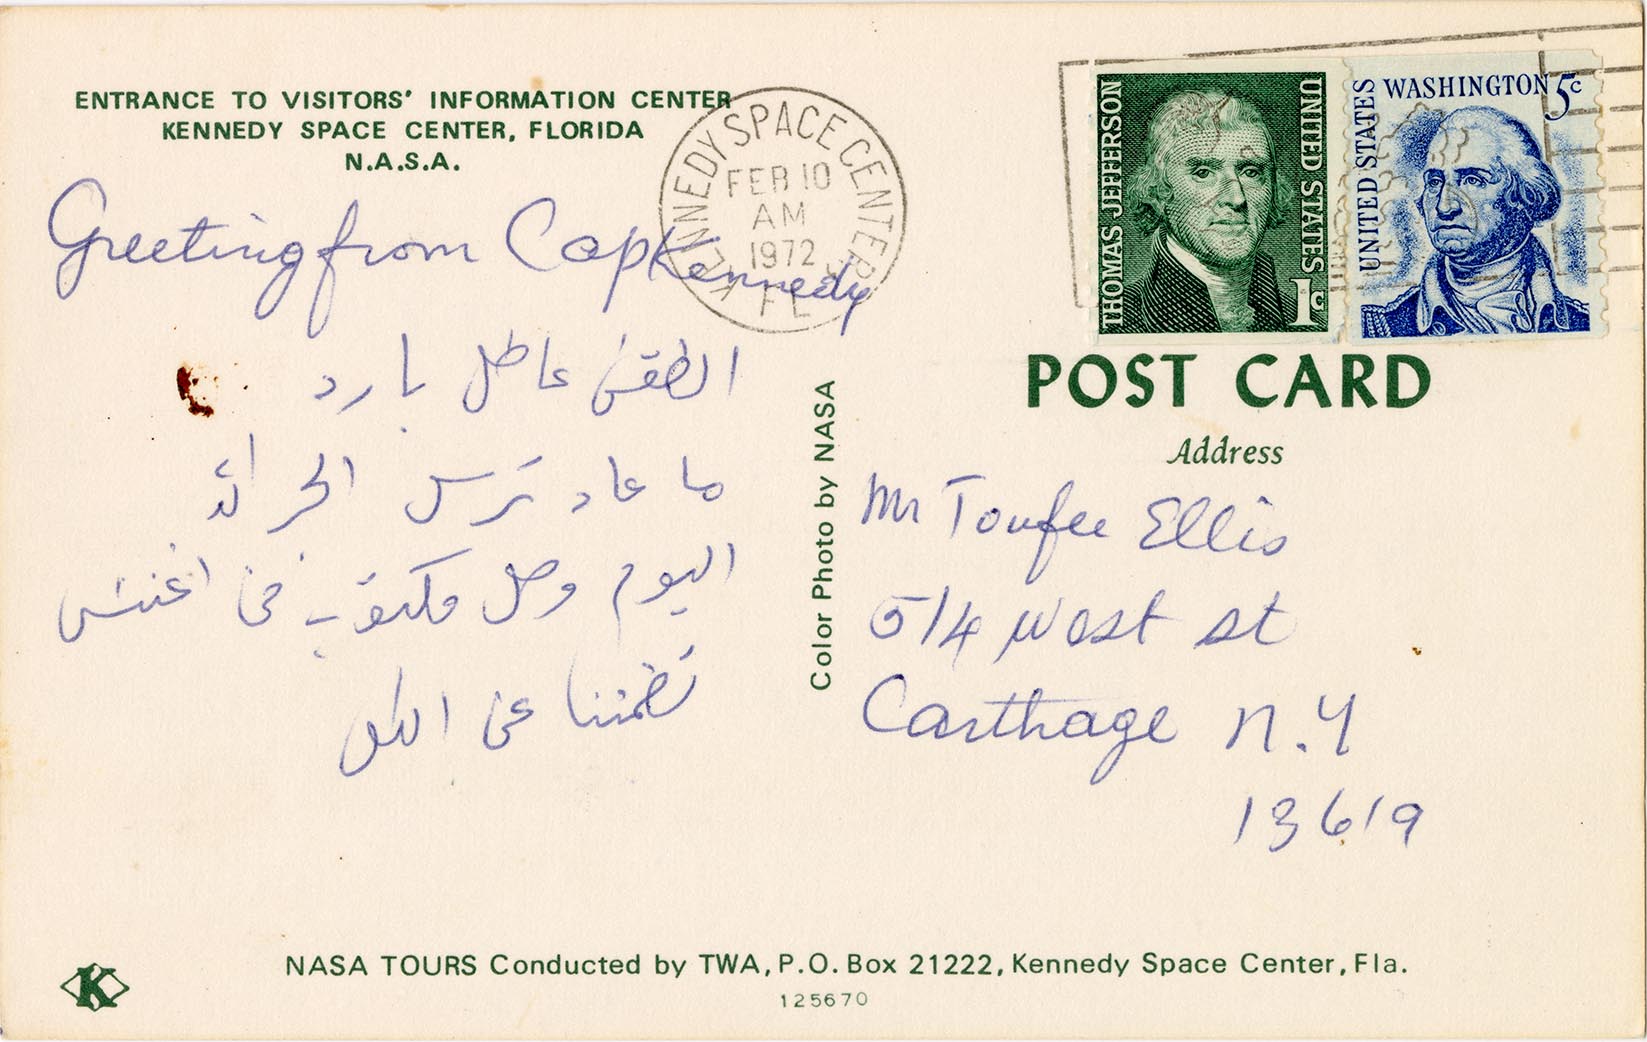
الطقس عاطل بارد
ما عاد ترسل الجرائد
اليوم وصل مكتوب من اغنس
تطمننا عن الكل